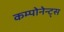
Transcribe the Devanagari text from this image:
कम्पोनेन्ट्स